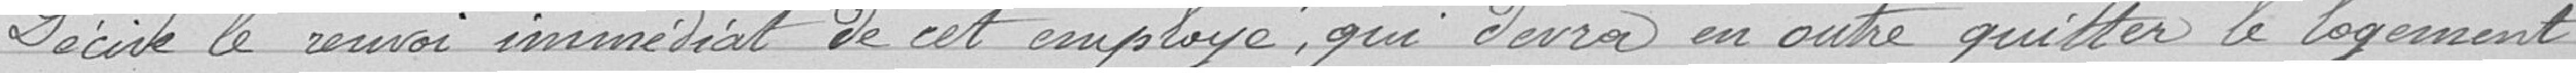
Décidé le renvoi immédiat de cet employé, qui devra en outre quitter le logement